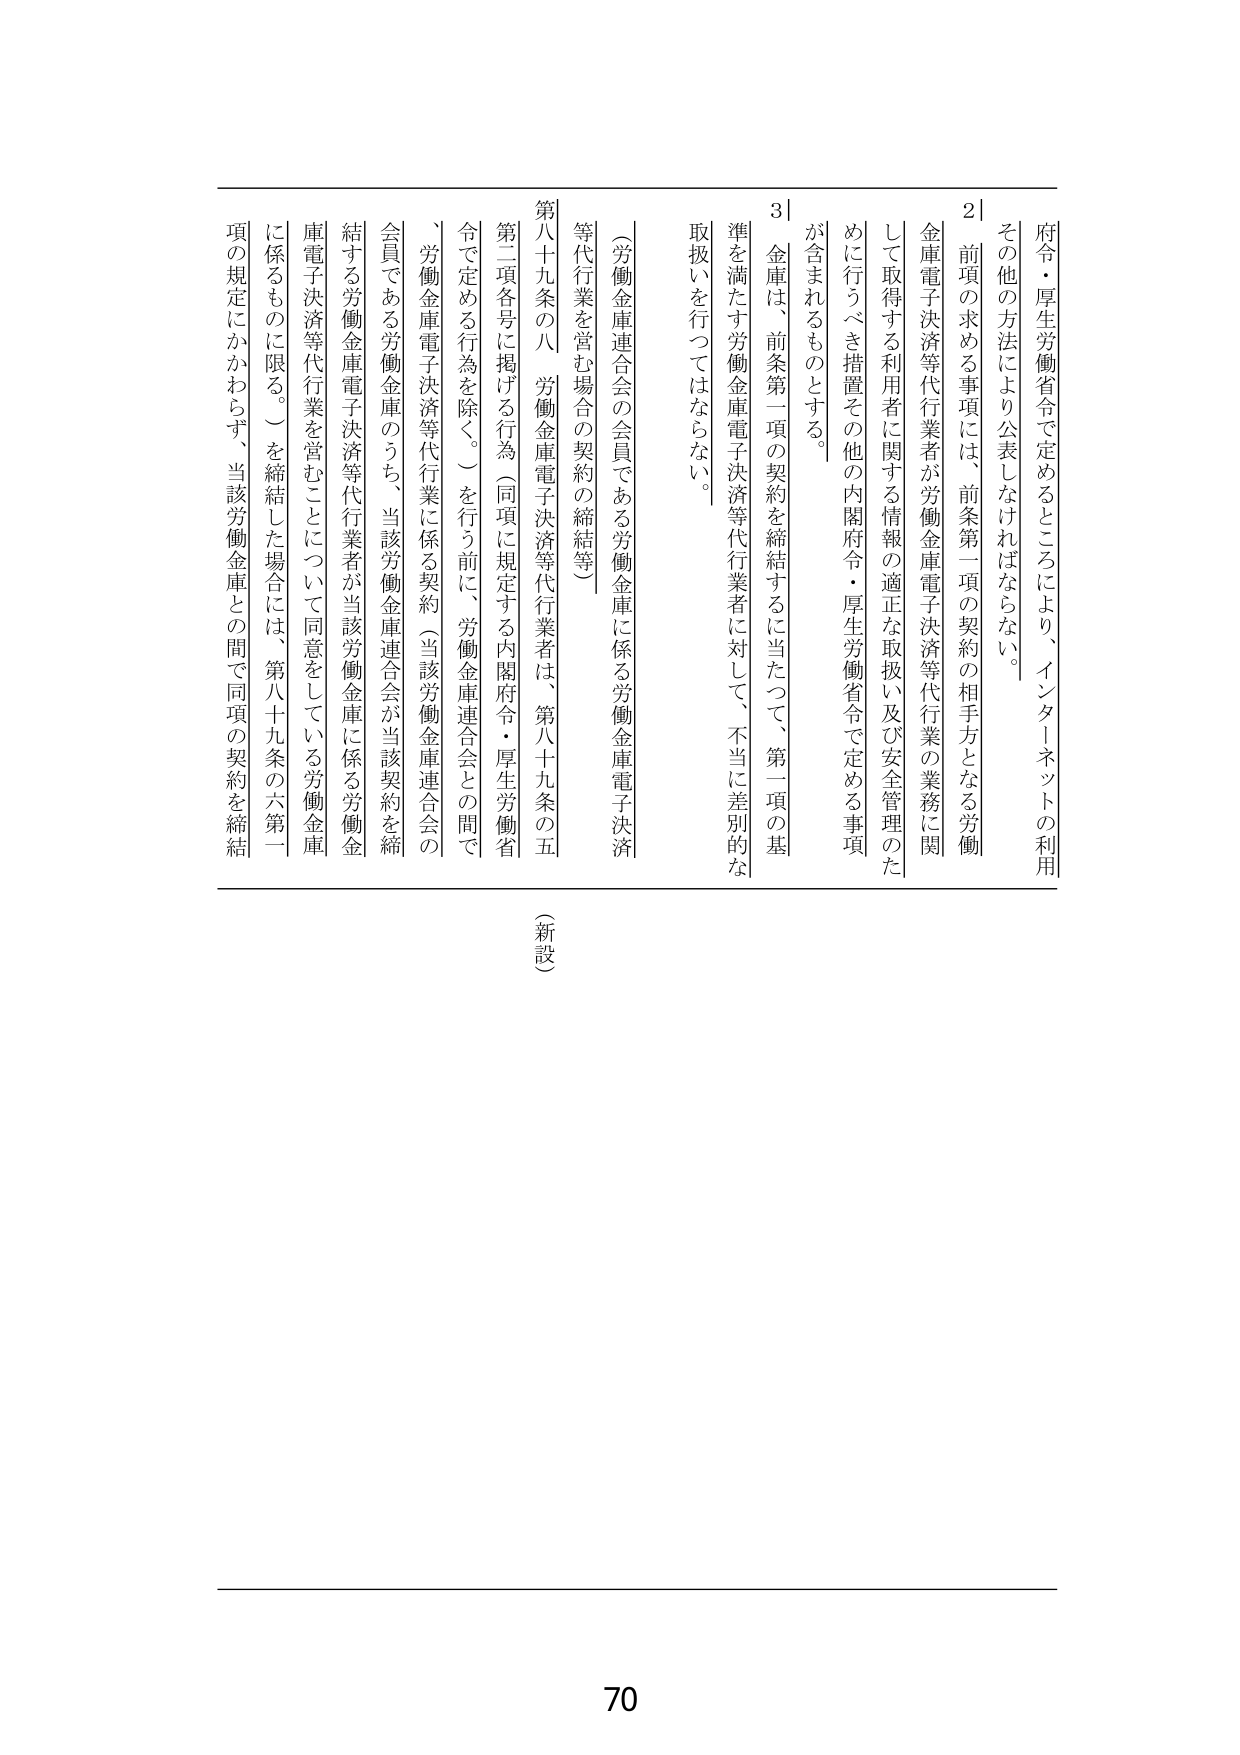
府令・厚生労働省令で定めるところにより、インターネットの利用
その他の方法により公表しなければならない。
2 前項の求める事項には、前条第一項の契約の相手方となる労働
金庫電子決済等代行業者が労働金庫電子決済等代行業の業務に関
して取得する利用者に関する情報の適正な取扱い及び安全管理のた
めに行うべき措置その他の内閣府令・厚生労働省令で定める事項
が含まれるものとする。
3 金庫は、前条第一項の契約を締結するに当たって、第一項の基
準を満たす労働金庫電子決済等代行業者に対して、不当に差別的な
取扱いを行ってはならない。
（労働金庫連合会の会員である労働金庫に係る労働金庫電子決済
等代行業を営む場合の契約の締結等）
第八十九条の八 労働金庫電子決済等代行業者は、第八十九条の五
第二項各号に掲げる行為（同項に規定する内閣府令・厚生労働省
令で定める行為を除く。）を行う前に、労働金庫連合会との間で
、労働金庫電子決済等代行業に係る契約（当該労働金庫連合会の
会員である労働金庫のうち、当該労働金庫連合会が当該契約を締
結する労働金庫電子決済等代行業者が当該労働金庫に係る労働金
庫電子決済等代行業を営むことについて同意をしている労働金庫
に係るものに限る。）を締結した場合には、第八十九条の六第一
項の規定にかかわらず、当該労働金庫との間で同項の契約を締結
（新設）
70